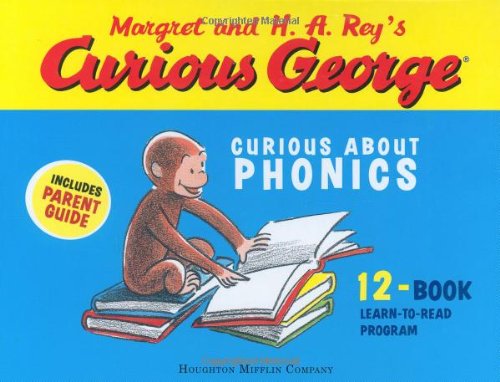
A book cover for Curious George Curious About Phonics 12 Book Set; H. A. Rey; Children's Books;